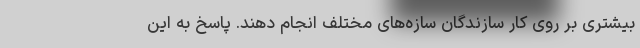
بیشتری بر روی کار سازندگان سازه‌ها‌ی مختلف انجام دهند. پاسخ به این